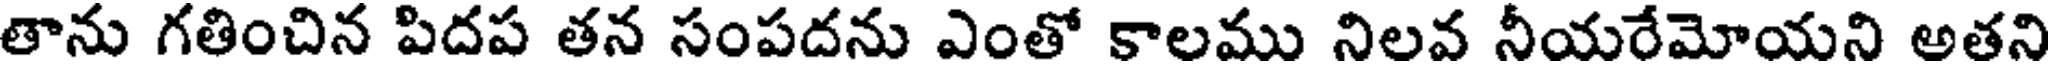
తాను గతించిన పిదప తన సంపదను ఎంతో కాలము నిలవ నీయరేమోయని అతని